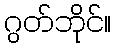
ဂွတ်ဘိုင်။